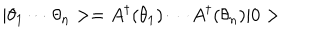
| \theta _ { 1 } \cdots \theta _ { n } > = A ^ { \dagger } ( \theta _ { 1 } ) \cdots A ^ { \dagger } ( \theta _ { n } ) | 0 >